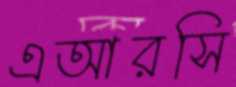
এআরসি